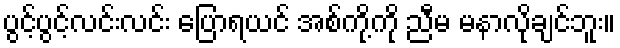
ပွင့်ပွင့်လင်းလင်း ပြောရယင် အစ်ကို့ကို ညီမ မနာလိုချင်ဘူး။